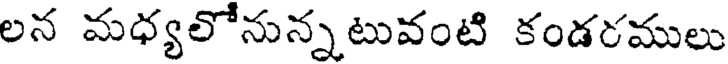
లన మధ్యలోనున్నటువంటి కండరములు